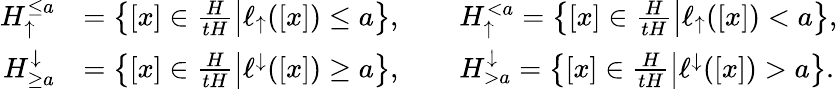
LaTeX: \begin{array}{rl}{H_{\uparrow}^{\leq a}}&{=\left\{ \left.[x]\in\frac{H}{tH}\right|\ell_{\uparrow}([x])\leq a\right\} ,\qquad H_{\uparrow}^{<a}=\left\{ \left.[x]\in\frac{H}{tH}\right|\ell_{\uparrow}([x])<a\right\} ,}\\ {H_{\geq a}^{\downarrow}}&{=\left\{ \left.[x]\in\frac{H}{tH}\right|\ell^{\downarrow}([x])\geq a\right\} ,\qquad H_{>a}^{\downarrow}=\left\{ \left.[x]\in\frac{H}{tH}\right|\ell^{\downarrow}([x])>a\right\} .}\end{array}